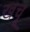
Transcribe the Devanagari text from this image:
खचू